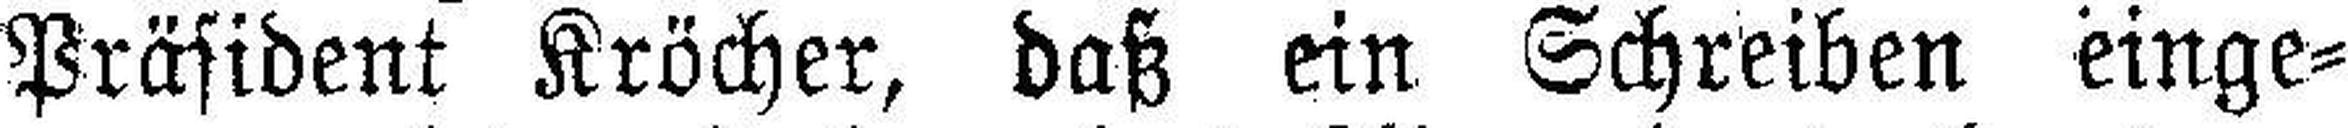
Präsident Kröcher, daß ein Schreiben einge¬